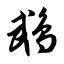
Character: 鹉